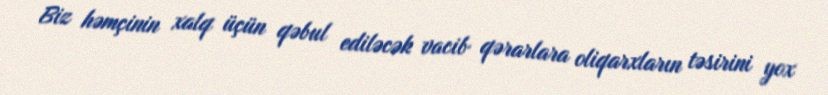
Biz həmçinin xalq üçün qəbul ediləcək vacib qərarlara oliqarxların təsirini yox